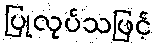
ပြုလုပ်သဖြင့်